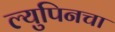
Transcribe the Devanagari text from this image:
ल्युपिनचा